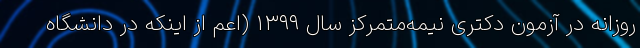
روزانه در آزمون دکتری نیمه‌متمرکز سال ۱۳۹۹ (اعم از اینکه در دانشگاه